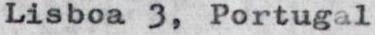
Lisboa 3, Portugal